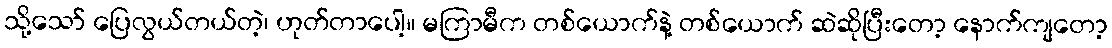
သို့သော် ပြေလွယ်တယ်တဲ့၊ ဟုတ်တာပေါ့။ မကြာမီက တစ်ယောက်နဲ့ တစ်ယောက် ဆဲဆိုပြီးတော့ နောက်ကျတော့